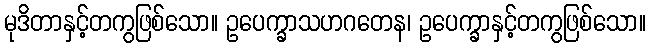
မုဒိတာနှင့်တကွဖြစ်သော။ ဥပေက္ခာသဟဂတေန၊ ဥပေက္ခာနှင့်တကွဖြစ်သော။